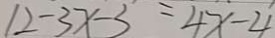
1 2 - 3 x - 3 = 4 x - 4